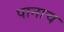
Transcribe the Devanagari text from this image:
पानाच